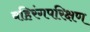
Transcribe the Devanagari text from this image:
बहिरंगपरिक्षण